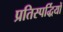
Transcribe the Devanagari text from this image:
प्रतिस्पर्द्धियों